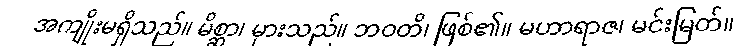
အကျိုးမရှိသည်။ မိစ္ဆာ၊ မှားသည်။ ဘဝတိ၊ ဖြစ်၏။ မဟာရာဇ၊ မင်းမြတ်။